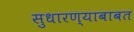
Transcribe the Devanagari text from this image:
सुधारण्याबाबत